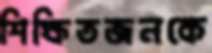
শিক্ষিতজনকে